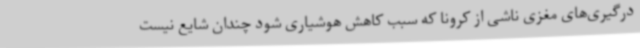
درگیری‌های مغزی ناشی از کرونا که سبب کاهش هوشیاری شود چندان شایع نیست